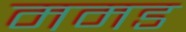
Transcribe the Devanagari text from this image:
ममड